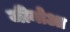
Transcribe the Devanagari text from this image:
जीनोआ